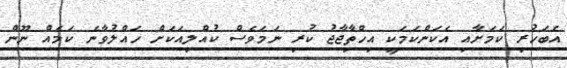
އެބަހުރި ކަމަށާއި އެކަންކަމަކީ އިހްތިާޖާޖު ކުރި ނަަމަވެސް ކުއްލިއަކަށް ހައްލުވާނެ ކަމެއް ނޫން